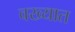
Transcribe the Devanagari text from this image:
वख्यात